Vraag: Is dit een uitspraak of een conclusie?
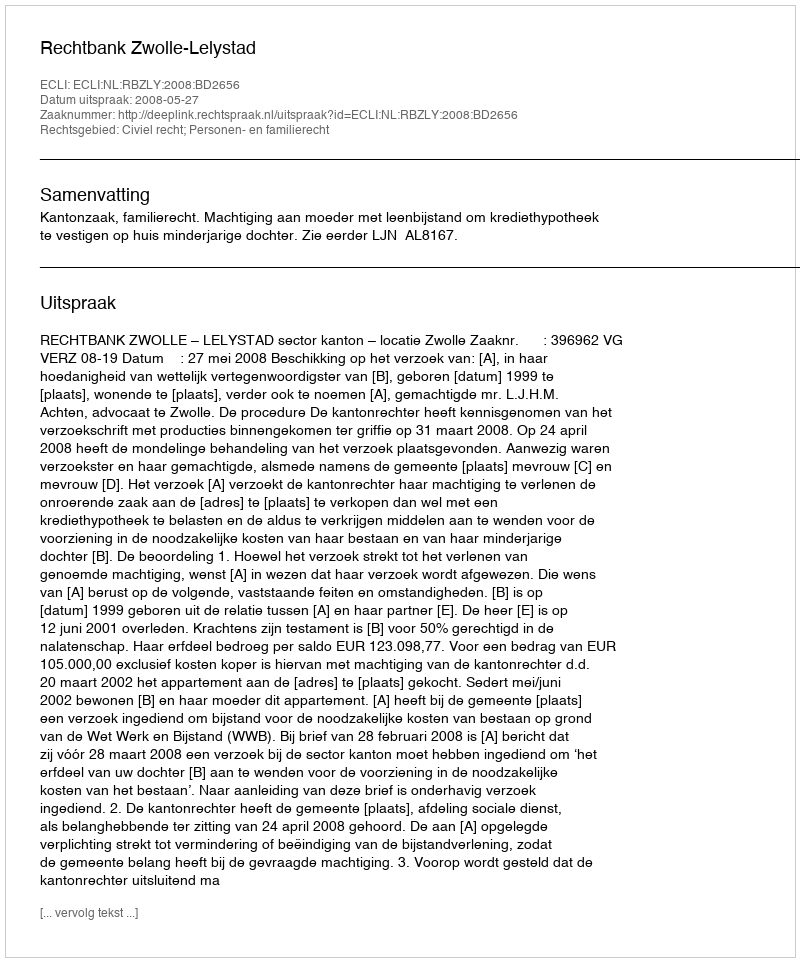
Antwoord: Uitspraak